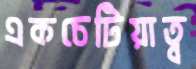
একচেটিয়াত্ব